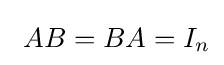
\ AB=BA=I_{n}